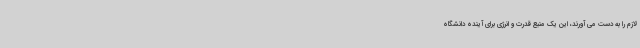
لازم را به دست می آورند، این یک منبع قدرت و انرژی برای آینده دانشگاه